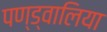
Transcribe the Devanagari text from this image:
पण्ड्वालिया